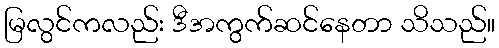
မြလွင်ကလည်း ဒီအကွက်ဆင်နေတာ သိသည်။